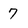
Character: 7